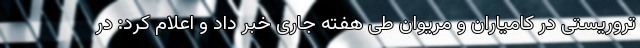
تروریستی در کامیاران و مریوان طی هفته جاری خبر داد و اعلام کرد: در